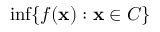
\operatorname* { i n f } \{ f ( \mathbf { x } ) : \mathbf { x } \in C \}